Vaccination in the Punjab 1919-1929 - 1919-1929
Year: 1919
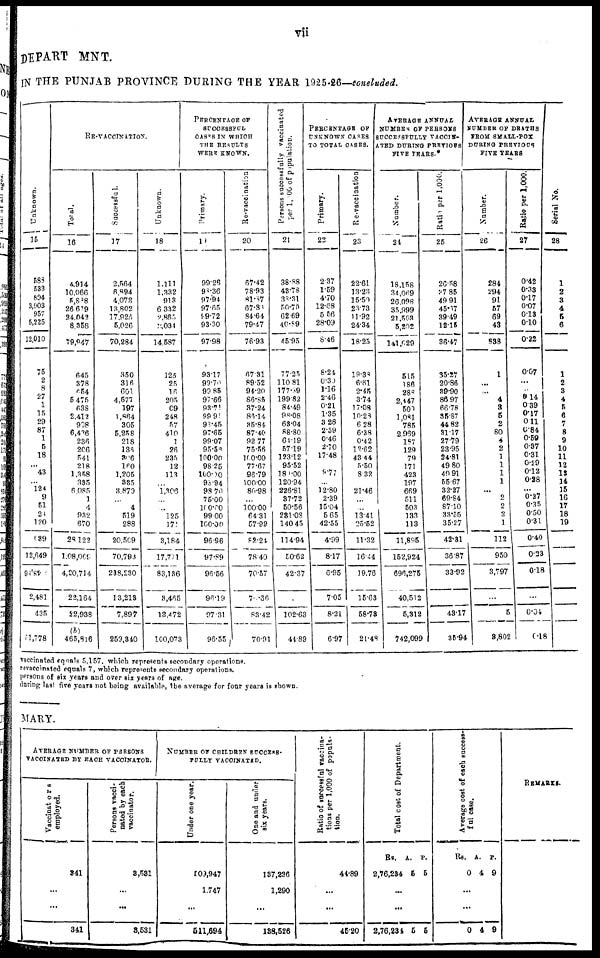
vii
DEPATIT MNT.
IN THE PUNJAB PROVINCE DURING THE YEAR 1925-26—concluded.
Unknown.
15
588
533
804
3,903
957
5,225
12,010
75
2
8
27
1
15
29
87
1
5
18
...
43
...
124
9
51
24
120
639
12,649
24,886
2,481
435
51,778
RE-VACCINATION.
Total.
16
4,914
10,066
S,888
26 679
24,042
8,358
79,947
645
378
654
5,475
638
2,412
908
6,426
236
206
541
218
1,358
335
6,085
1
4
932
670
28,122
1,08,069
4,20,714
22,164
22,938
(b)
465,816
Successful.
17
2,564
6,894
4,073
13,802
17,925
5,026
70,284
350
316
601
4,577
197
1,864
305
5,258
218
136
306
160
1,205
335
3,870
...
4
519
288
20,509
70,793
238,230
13,213
7,897
259,340
Unknown.
18
1,111
1,332
913
6,332
2,865
3,034
14,587
125
25
16
205
09
248
57
410
1
26
235
12
113
...
1,306
...
...
125
171
3,184
17,771
83,186
3,465
13,472
100,073
PERCENTAGE OF
SUCCESSFUL
CASES IN WHICH
THE RESULTS
WERE KNOWN.
Primary.
19
99.26
98.36
97.94
97.65
99.72
93.30
97.98
93.17
99.70
99.85
97.66
93.71
99.91
93.45
97.65
99.07
95.56
100.00
98.25
100.00
98.94
98.70
75.00
100.00
99.00
100.00
96.96
97.89
96.56
96.19
97.31
96.55
Re-vaccination
20
67.42
78.93
81.87
67.83
84.64
79.47
76.93
67.31
89.52
94.20
86.85
37.24
86.14
35.84
87.40
92.77
75.56
100.00
77.67
96.79
100.00
80.98
...
100.00
64.31
57.92
82.24
78.40
70.57
70.36
83.42
70.91
Persons successfully vaccinated
per 1,000 of population.
21
38.88
43.78
38.3l
50.79
62.69
40.89
45.95
77.25
110.81
177.39
199.82
84.49
98.08
63.04
88.80
64.19
57.19
123.12
95.52
180.00
120.94
226.81
87.72
50.56
231.08
140.45
114.94
50.62
42.37
102.63
44.89
PERCENTAGE OF
UNKNOWN CASES
TO TOTAL CASES.
Primary.
22
2.37
1.59
4.70
12.68
5.56
28.09
8.46
8.24
0.30
1.16
2.46
0.21
1.35
3.28
2.59
0.46
2.70
17.48
9.77
...
12.80
2.39
15.04
5.65
42.55
4.99
8.17
6.95
7.05
8.21
6.97
Re-vaccination
23
22.61
13.23
15.50
23.73
11.92
24.34
18.25
19.38
6.61
2.45
3.74
17.08
10.28
6.28
6.38
0.42
12.62
43.44
5.50
8.32
21.46
...
...
13.41
25.52
11.32
16.44
19.76
15.63
58.73
21.48
AVERAGE ANNUAL
NUMBER OF PERSONS
SUCCESSFULLY VACCIN¬
ATED DURING PREVIOUS
FIVE YEARS.*
Number.
24
18,158
34,069
26,098
35,999
21,503
5,202
141,029
515
186
288
2,447
509
1,081
785
2,969
187
129
79
171
423
197
669
511
503
133
113
11,895
152,924
696,275
40,512
5,312
742,099
Ratio
per 1,000.
25
26.58
37.85
49.91
45.67
39.49
12.15
86.47
35.27
20.86
39.90
86.97
66.78
35.87
44.82
81.17
27.79
23.95
24.81
49.80
49.91
55.67
32.27
69.84
87.10
33.55
35.27
42.81
36.87
33.92
43.17
35.94
AVERAGE ANNUAL
NUMBER OF DEATHS
FROM SMALL-POX
DURING PREVIOUS
FIVE YEARS
Number.
26
284
294
91
57
69
43
838
1
...
...
4
3
5
2
80
4
2
1
1
1
1
...
2
2
2
1
112
950
3,797
...
5
3,802
Ratio per 1,000.
27
0.42
0.33
0.17
0.07
0.13
0.10
0.22
0.07
...
...
0.14
0.39
0.17
0.11
0.84
0.59
0.37
0.31
0.29
0.12
0.28
...
0.27
0.35
0.50
0.31
0.40
0.23
0.18
...
0.04
0.18
Serial No.
28
1
2
3
4
5
6
1
2
3
4
5
6
7
8
9
10
11
12
13
14
15
16
17
18
19
vaccinated equals 5,157. which represents secondary operations.
revaccinated equals 7, which represents secondary operations.
persons of six years and over six years of age.
during last five years not being available, the average for four years is shown.
MARY.
AVERAGE NUMBER OF PERSONS
VACCINATED BY EACH VACCINATOR.
Vaccinators
employed.
341
...
...
341
Persons vacci-
nated by each
vaccinator.
3,531
...
...
3,531
NUMBER OF CHILDREN SUCCESS¬
FULLY VACCINATED.
Under one year.
509,947
1,747
...
511,694
One and under
six years.
137,236
1,290
...
138,526
Ratio of successful vaccina-
tions per 1,000 of popula-
tion.
41.89
...
...
45.20
Total cost of Department.
Rs.
2,76,234
A.
5
P.
5
...
...
2,76,234 5 5
Average cost of each success¬
ful case.
Rs.
0
A.
4
P.
9
...
...
0 4 9
REMARKS.